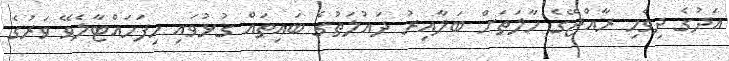
އަދުގެ ދިވެހި ރާއްޖޭގެ ހާލަތަށް ބަލާއިރު ދައުލަތުގެ ބައިތައް ގުޅުވައި ހިފަހައްޓާލެވޭ ވަރުގެ